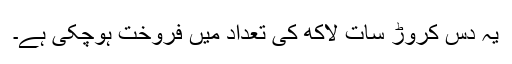
یہ دس کروڑ سات لاکھ کی تعداد میں فروخت ہوچکی ہے۔